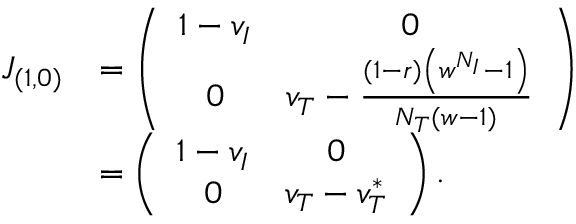
\begin{array} { r l } { J _ { ( 1 , 0 ) } } & { = \left( \begin{array} { c c } { 1 - v _ { I } } & { 0 } \\ { 0 } & { v _ { T } - \frac { ( 1 - r ) \left( w ^ { N _ { I } } - 1 \right) } { N _ { T } ( w - 1 ) } } \end{array} \right) } \\ & { = \left( \begin{array} { c c } { 1 - v _ { I } } & { 0 } \\ { 0 } & { v _ { T } - v _ { T } ^ { * } } \end{array} \right) . } \end{array}